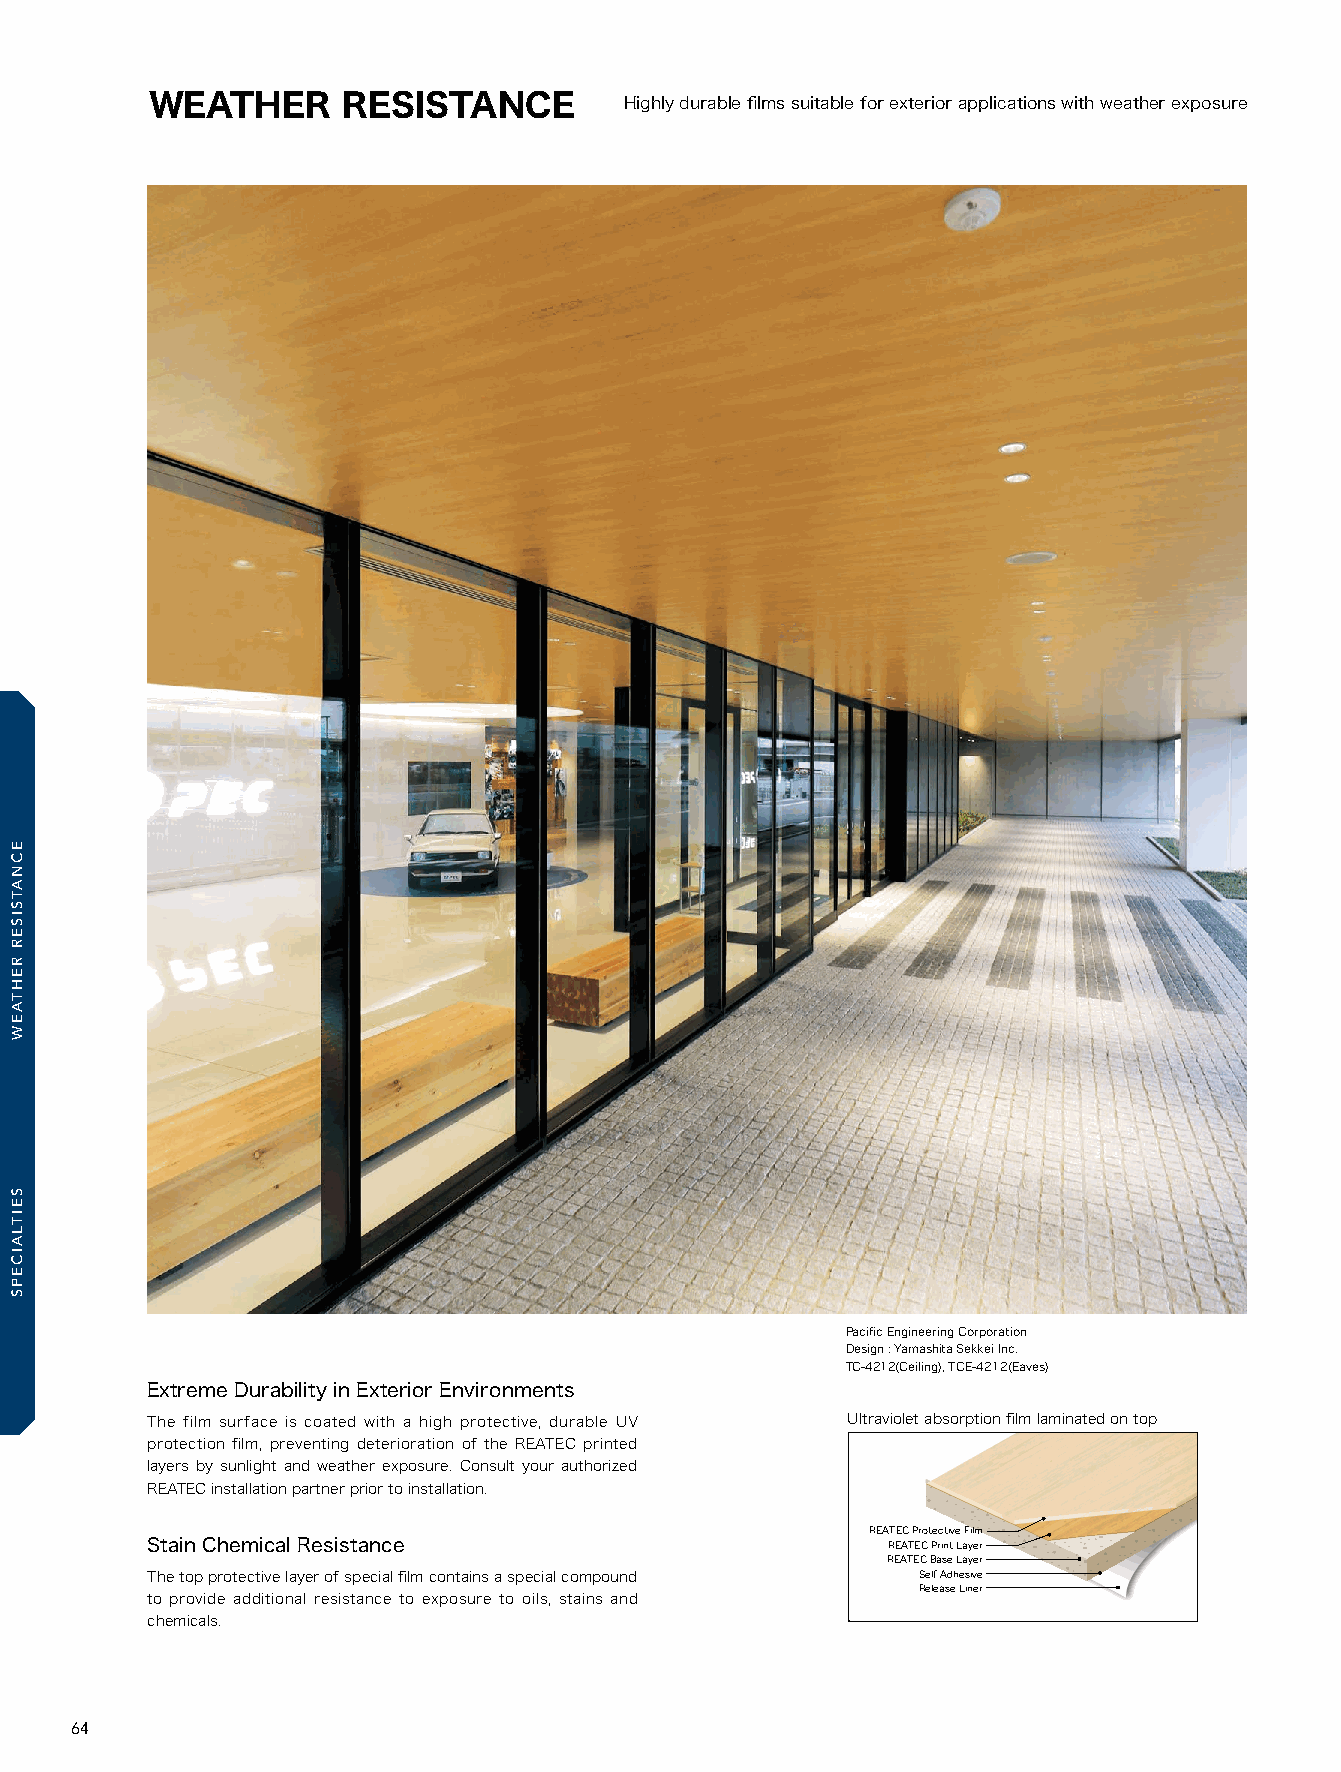
21_REATEC_vol11_P64-C1_KOROSEAL 21/11/16out 🅲🅼🆈🅺
 WEATHER      RESISTANCE        Highly durable films suitable for exterior applications with weather exposure
 納品事例写真
 Pacific Engineering Corporation
 Design : Yamashita Sekkei Inc.
 TC-4212(Ceiling), TCE-4212(Eaves)
 Extreme Durability in Exterior Environments
 The film surface is coated with a high protective, durable UV Ultraviolet absorption film laminated on top
 protection film, preventing deterioration of the REATEC printed
 layers by sunlight and weather exposure. Consult your authorized
 REATEC installation partner prior to installation.
 REATEC Protective Film
 Stain Chemical Resistance                        REATEC Print Layer
 REATEC Base Layer
 The top protective layer of special film contains a special compound Self Adhesive
 Release Liner
 to provide additional resistance to exposure to oils, stains and
 chemicals.
 64
 ECNATSISER
 REHTAEW
 SEITLAICEPS